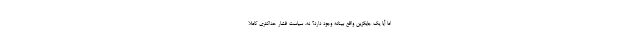
اما آیا یک جایگزین واقع بینانه وجود دارد؟ نه. سیاست فشار حداکثری کاملا